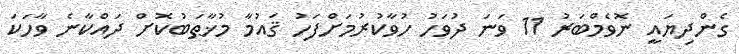
ގެންދިޔައީ ނޮވެމްބަރު 11 ވަނަ ދުވަހު ހުވާކުރުމަށްފަހު ޤައުމާ މުޚާޠަބުކޮށް ދައްކާނެ ވާހަކަ